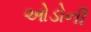
ઓડોની